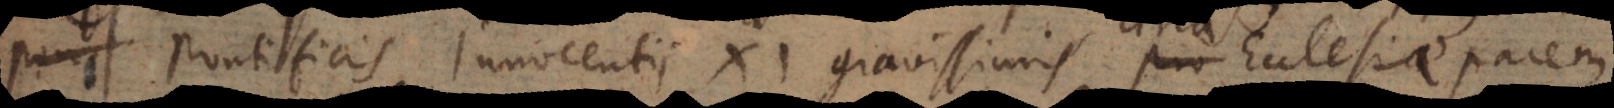
Pontificis Innocentii XI gravissimis pro Ecclesiae pace